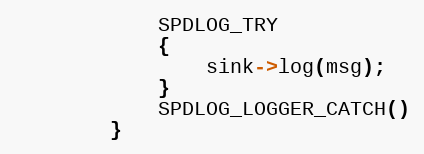
Language: C
            SPDLOG_TRY
            {
                sink->log(msg);
            }
            SPDLOG_LOGGER_CATCH()
        }